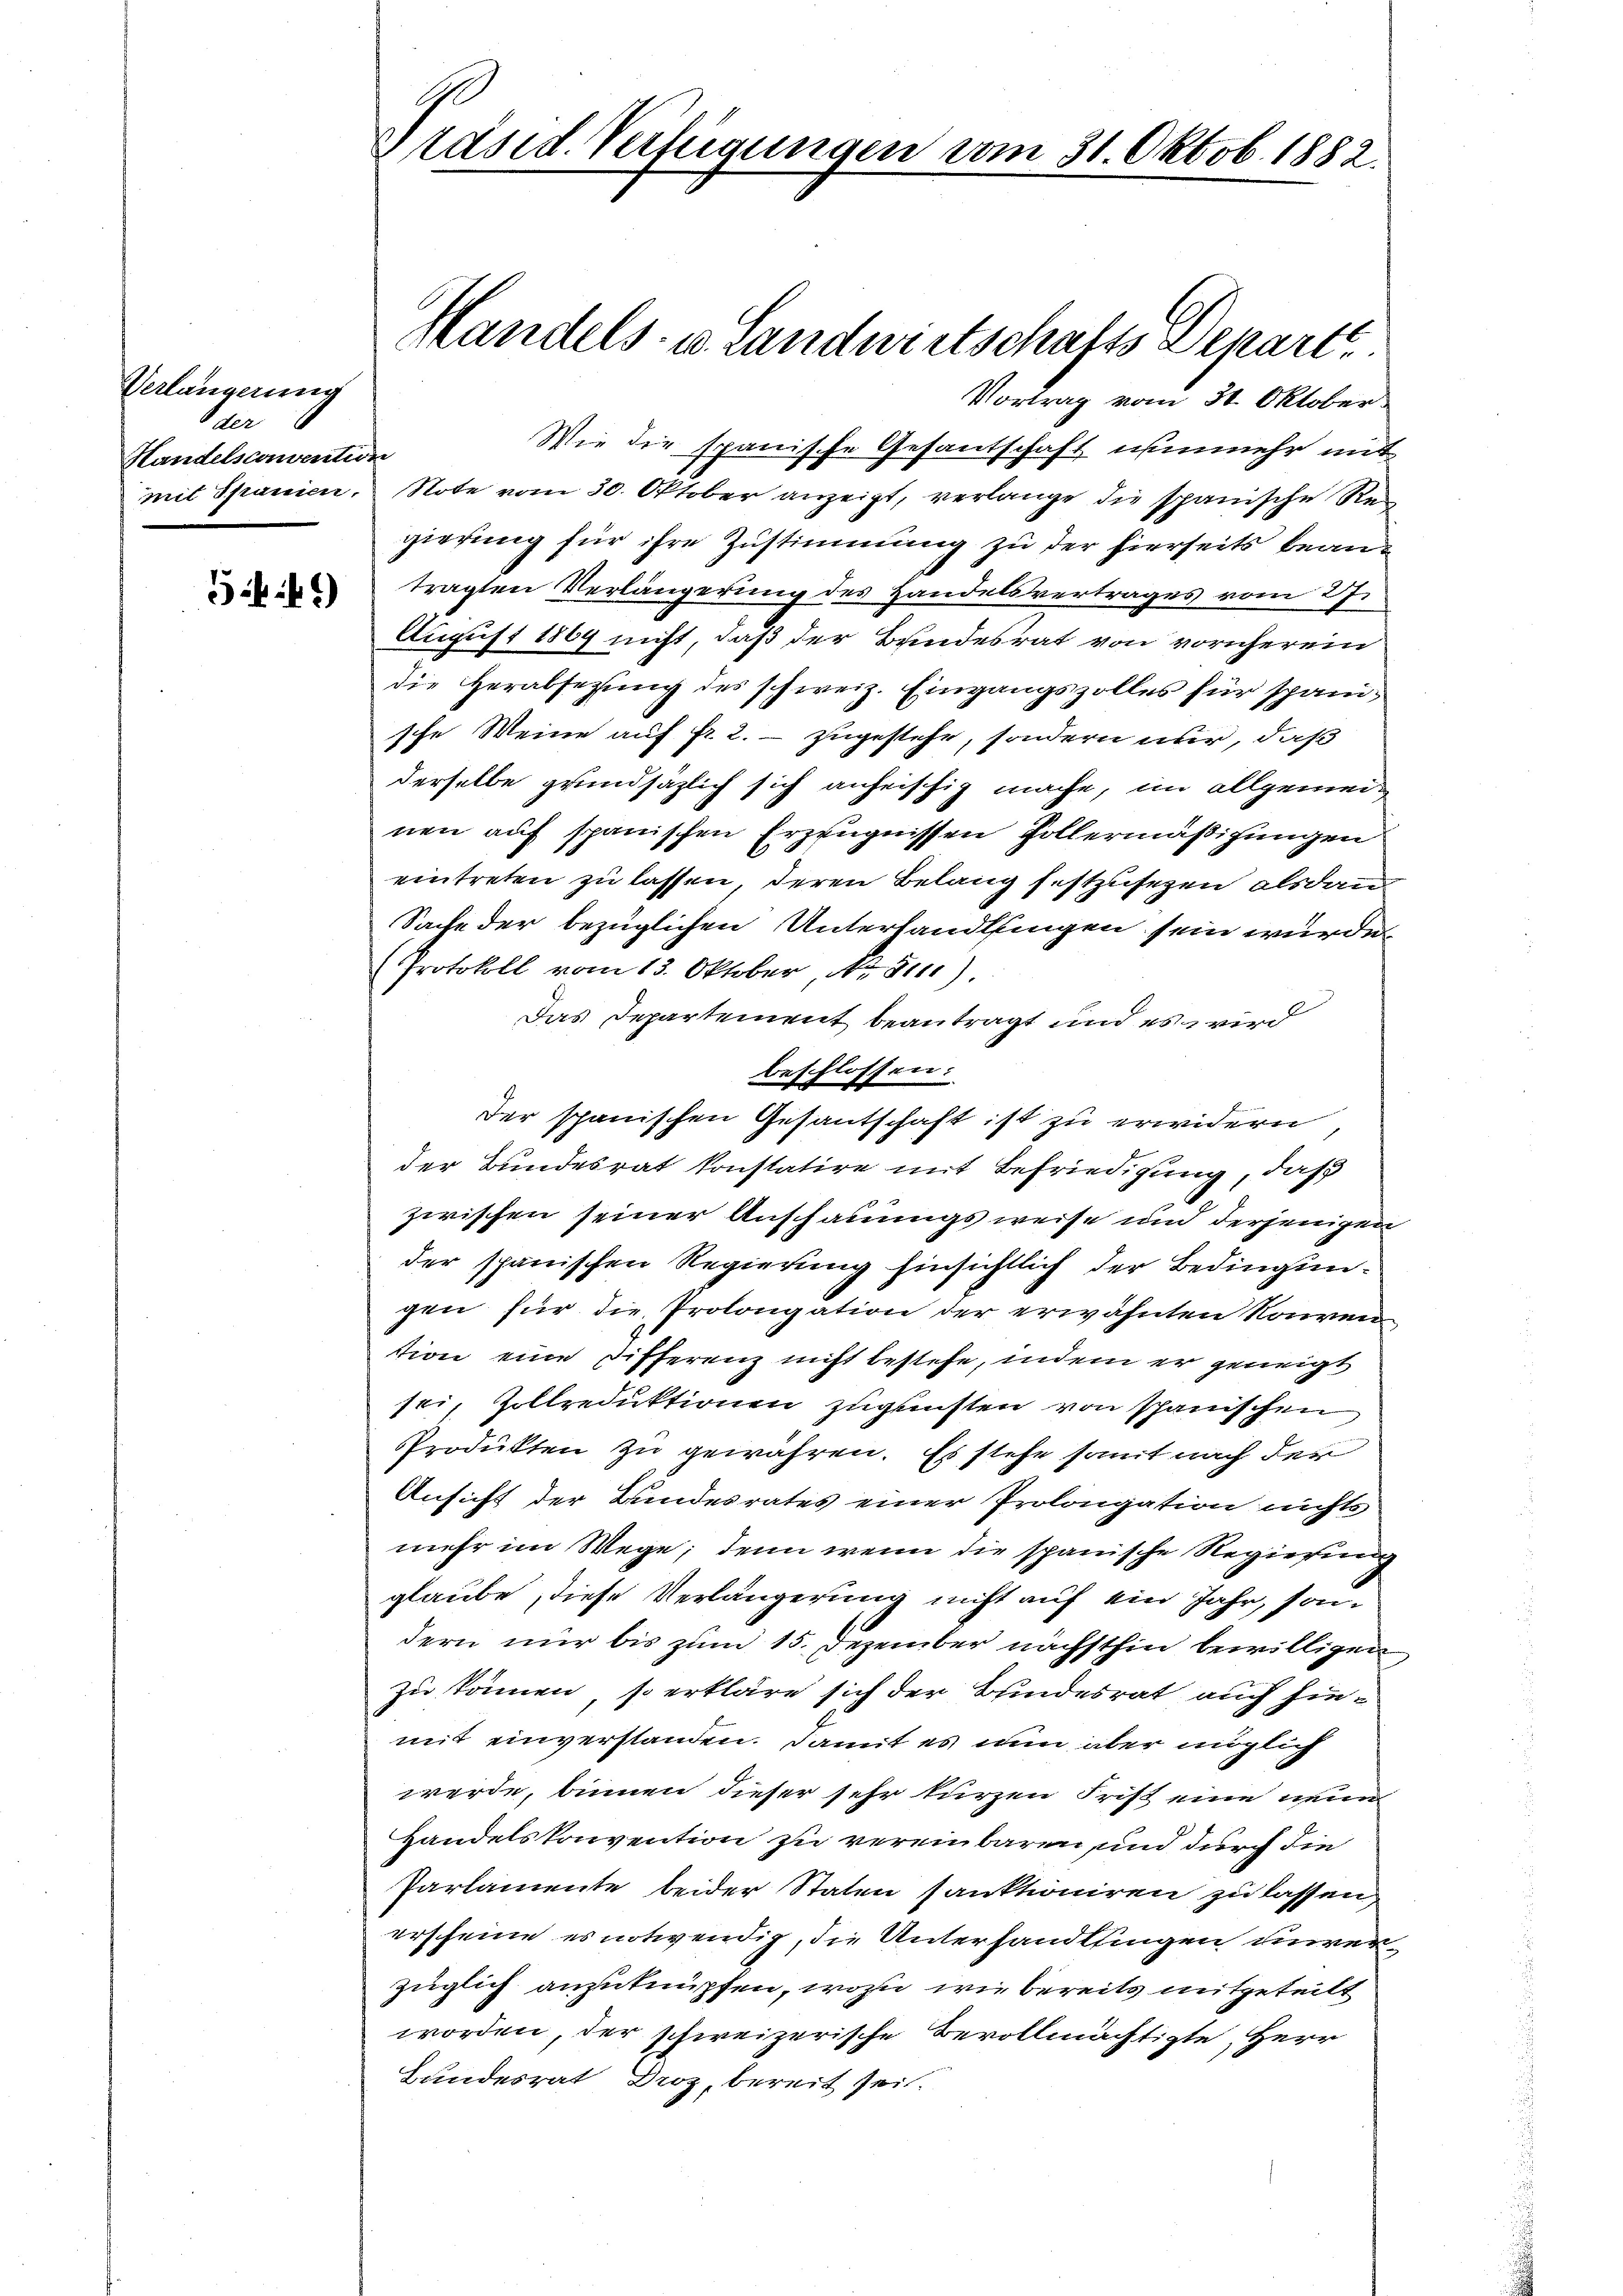
Verlängerung
der
Handelsconvention
mit Spanien,

544)

Präsid. Verfügungen vom 31. Oktob. 1882.

Vortrag vom 30. Oktober
Wie die spanische Gesantschaft nunmehr mit
Note vom 30. Oktober anzeigt, verlange die spanische Regierung für ihre Zustimmung zu der hierseits beantragten Verlängerung des Handelsvertrages vom 27.
August 1869 nicht, daß der Bundesrat von vornherein
die Herabsetzung des schweiz. Eingangszolles für spanische Weine auf fr. 2. zugestehe, sondern nur, daß
derselbe grundsätzlich sich anheischig mache, im allgemeinen auf spanischen Erzeugnissen Follermäßigungen
eintreten zu lassen, deren Belang festzusezen alsdann
Sache der bezüglichen Unterhandlungen sein würde
Protokoll vom 13. Oktober No. 511.)
Das Departement beantragt und es wird
beschlossen:
Der spanischen Gesantschaft ist zu erwidern
der Bundesrat konstatire mit Befriedigung, daß
zwischen seiner Anschauungsweise und derjenigen
der spanischen Regierung hinsichtlich der Bedingungen für die Prolongation der erwähnten Konvenstion eine Differenz nicht bestehe, indem er geneigt
sei, Zollreduktionen zugunsten von Spanischen
Produkten zu gewähren. Es stehe somit nach der
Ansicht der Bundesrates einer Prolongation nichts
mehr im Wege; denn wenn die spanische Regierung
glaube, diese Verlängerung nicht auf ein Jahr, sondern nur bis zum 15. Dezember nächsthin bewilligen
zu können, so erkläre sich der Bundesrat auch hiemit einverstanden. Damit es nun aber möglich
werde, binnen dieser sehr kurzen Frist eine neun
Handelskonvention zu vereinbaren und durch die
Parlamente beider Staten sanktioniren zu lassen,
erscheine es notwendig, die Unterhandlungen unverzüglich anzuknüpfen, wozu wie bereits mitgeteilt
worden, der schweizerische Bevollmächtigte, Herr
Bundesrat Droz, bereit sei.

Handels- u. Landwirtschafts Denart.